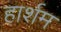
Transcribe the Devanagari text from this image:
हार्शम